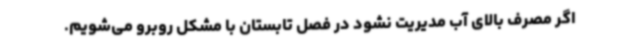
اگر مصرف بالای آب مدیریت نشود در فصل تابستان با مشکل روبرو می‌شویم.